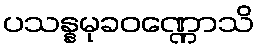
ပသန္နမုခဝဏ္ဏောသိ